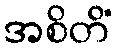
အစိတိံ